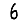
Digit: 6